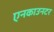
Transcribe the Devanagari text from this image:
एनकाउनटर